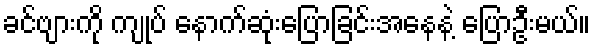
ခင်ဗျားကို ကျုပ် နောက်ဆုံးပြောခြင်းအနေနဲ့ ပြောဦးမယ်။